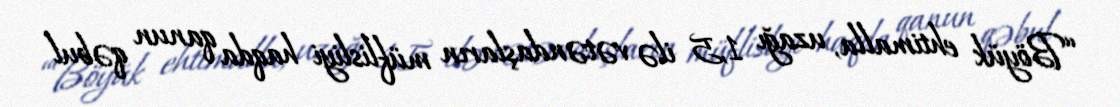
“Böyük ehtimalla, uzağı 1,5 ilə vətəndaşların müflisliyi haqda qanun qəbul